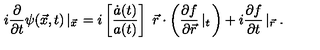
i \frac { \partial } { \partial t } \psi ( \vec { x } , t ) \left| _ { \vec { x } } \right. = i \left[ \frac { \dot { a } ( t ) } { a ( t ) } \right] \ \vec { r } \cdot \left( \frac { \partial f } { \partial \vec { r } } \left| _ t \right. \right) + i \frac { \partial f } { \partial t } \left| _ { \vec { r } } \right. .